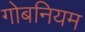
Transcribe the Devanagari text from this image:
गोबनियम